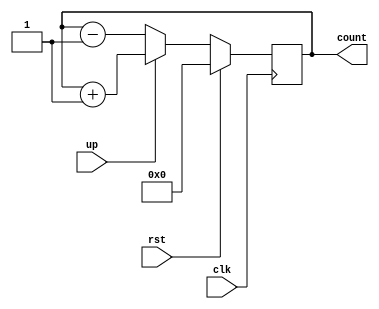
module updown16bit(rst,clk,up,count);
input rst,clk,up;
output reg [15:0] count;
always @ (posedge clk)
begin
    if (rst)
        count=16'b0000000000000000;
    else if (up)
        count=count+1;
    else
        count=count-1;
end
endmodule